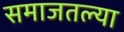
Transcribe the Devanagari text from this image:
समाजतल्या